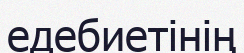
едебиетінің